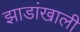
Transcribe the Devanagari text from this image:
झाडांखाली